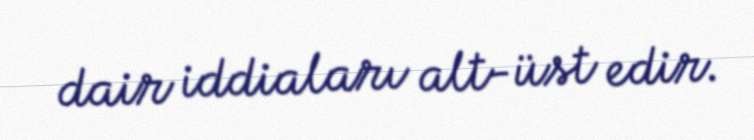
dair iddiaları alt-üst edir.